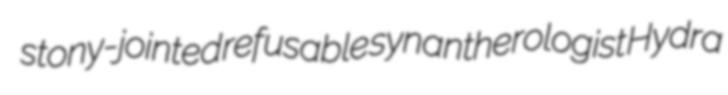
stony-jointed refusable synantherologist Hydra